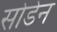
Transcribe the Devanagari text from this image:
सोडेन